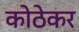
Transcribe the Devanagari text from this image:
कोठेकर